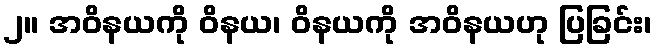
၂။ အဝိနယကို ဝိနယ၊ ဝိနယကို အဝိနယဟု ပြခြင်း၊